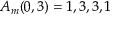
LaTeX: A _ { m } ( 0 , 3 ) = 1 , 3 , 3 , 1